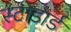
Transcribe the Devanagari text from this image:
स्टोडार्ड